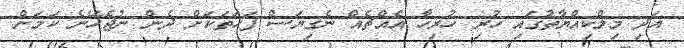
އަދި މިލްކިއްޔާތުގައި ހުރި ހުރިހާ އެއްޗެއް ނެގިޔަސް ފަހަތަކަށް ދެން ނުޖެހޭނެ ކަމަށް